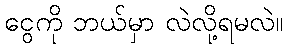
ငွေကို ဘယ်မှာ လဲလို့ရမလဲ။